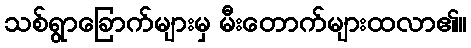
သစ်ရွာခြောက်များမှ မီးတောက်များထလာ၏။